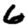
Digit: 6